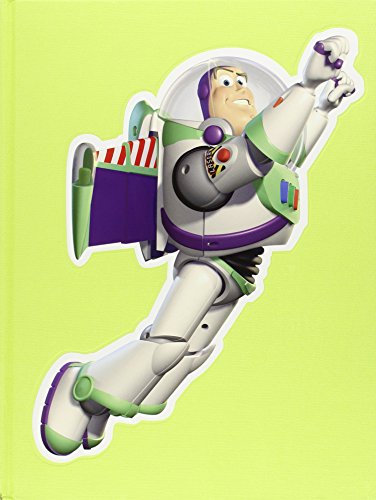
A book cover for To Infinity and Beyond!: The Story of Pixar Animation Studios; Karen Paik; Arts & Photography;